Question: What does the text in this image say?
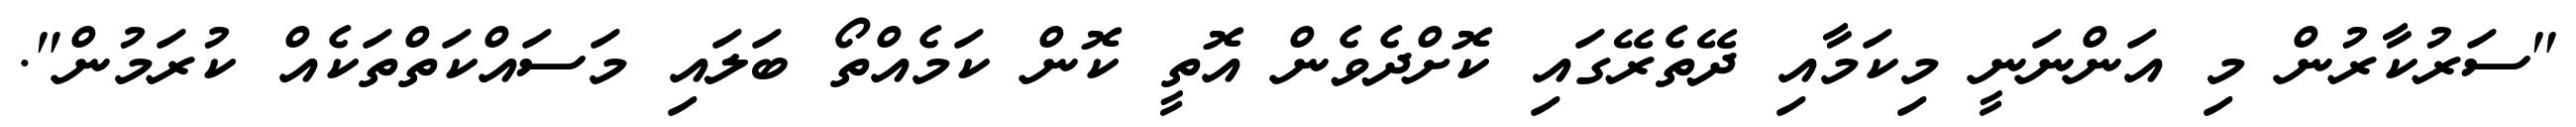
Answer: "ސަރުކާރުން މި އަންނަނީ މިކަމާއި ދޭތެރޭގައި ކޮށްދެވެން އޮތީ ކޮން ކަމެއްތޯ ބަލައި މަސައްކަތްތަކެއް ކުރަމުން".